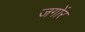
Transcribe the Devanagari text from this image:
जगोंर